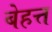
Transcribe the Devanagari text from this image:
बेहत्त